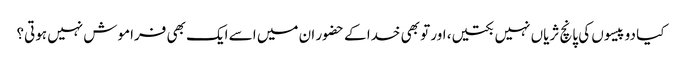
کیا دو پیسوں کی پانچ ثریاں نہیں بکتیں، اور تو بھی خدا کے حضور ان میں اسے ایک بھی فراموش نہیں ہوتی؟